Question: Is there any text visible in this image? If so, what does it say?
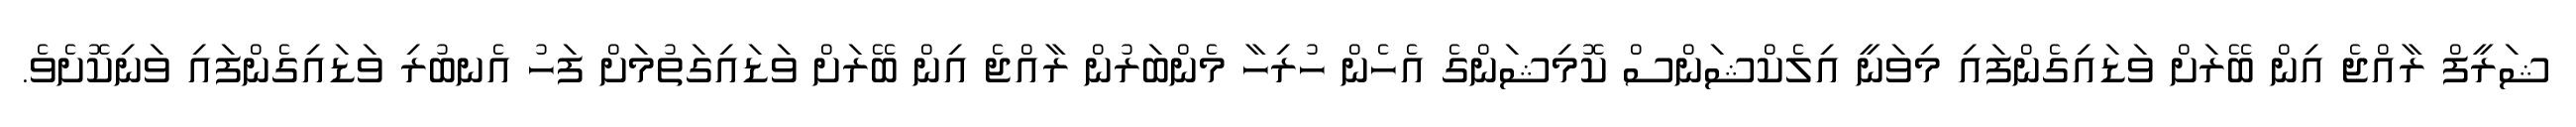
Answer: ޝަރީފް ރާއްޖެ އިން ބޭރަށް ވަޑައިގެންފައި މިވަނީ އިލެކްޝަންސް ކޮމިޝަންގެ އެހެން ހުރިހާ މެންބަރުން ރާއްޖެ އިން ބޭރަށް ވަޑައިގަތުމަށް ފަހު އެނބުރި ވަޑައިގެންފައި ވަނިކޮށެވެ.